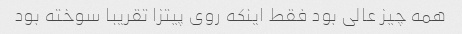
همه چیز عالی بود فقط اینکه روی پیتزا تقریبا سوخته بود